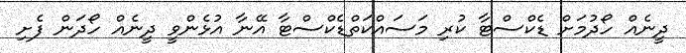
ދީނެއް ހޯދުމަށް ޑެކްސްޓާ ކުރި މަސައްކަތްޑެކްސްޓާ އޭނާ އުޅެންވީ ދީނެއް ހޯދަން ފެށި